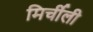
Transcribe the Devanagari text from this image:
मिर्चीली